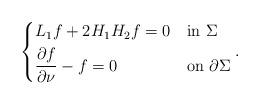
LaTeX: \begin{align*}\begin{dcases*}L_1f+2H_1H_2f=0& in $\Sigma$ \\\frac{\partial f}{\partial\nu}-f=0& on $\partial\Sigma$\end{dcases*}.\end{align*}